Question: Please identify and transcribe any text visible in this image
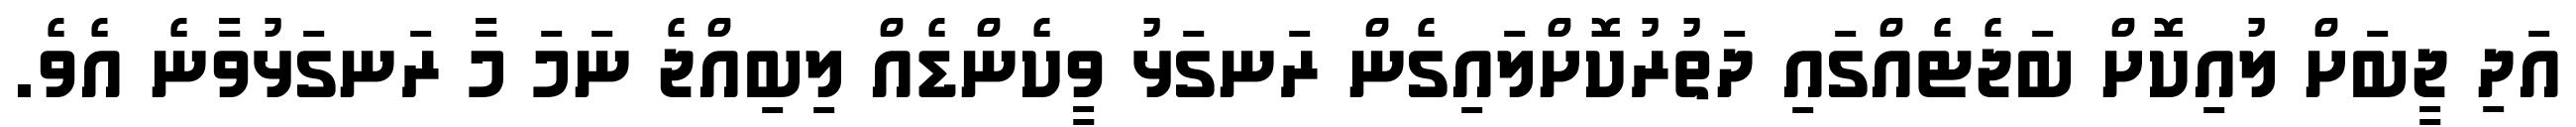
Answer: އަދި ޖީބަށް ލުއިކޮށް ބަޖެޓެއްގައި ދަތުރުކޮށްލައިގެން ރަނގަޅު ވީކެންޑެއް ލިބިއްޖެ ނަމަ މާ ރަނގަޅުވާނެ އެވެ.